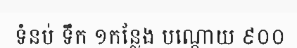
ទំនប់ ទឹក ១កន្លែង បណ្តោយ ៩០០